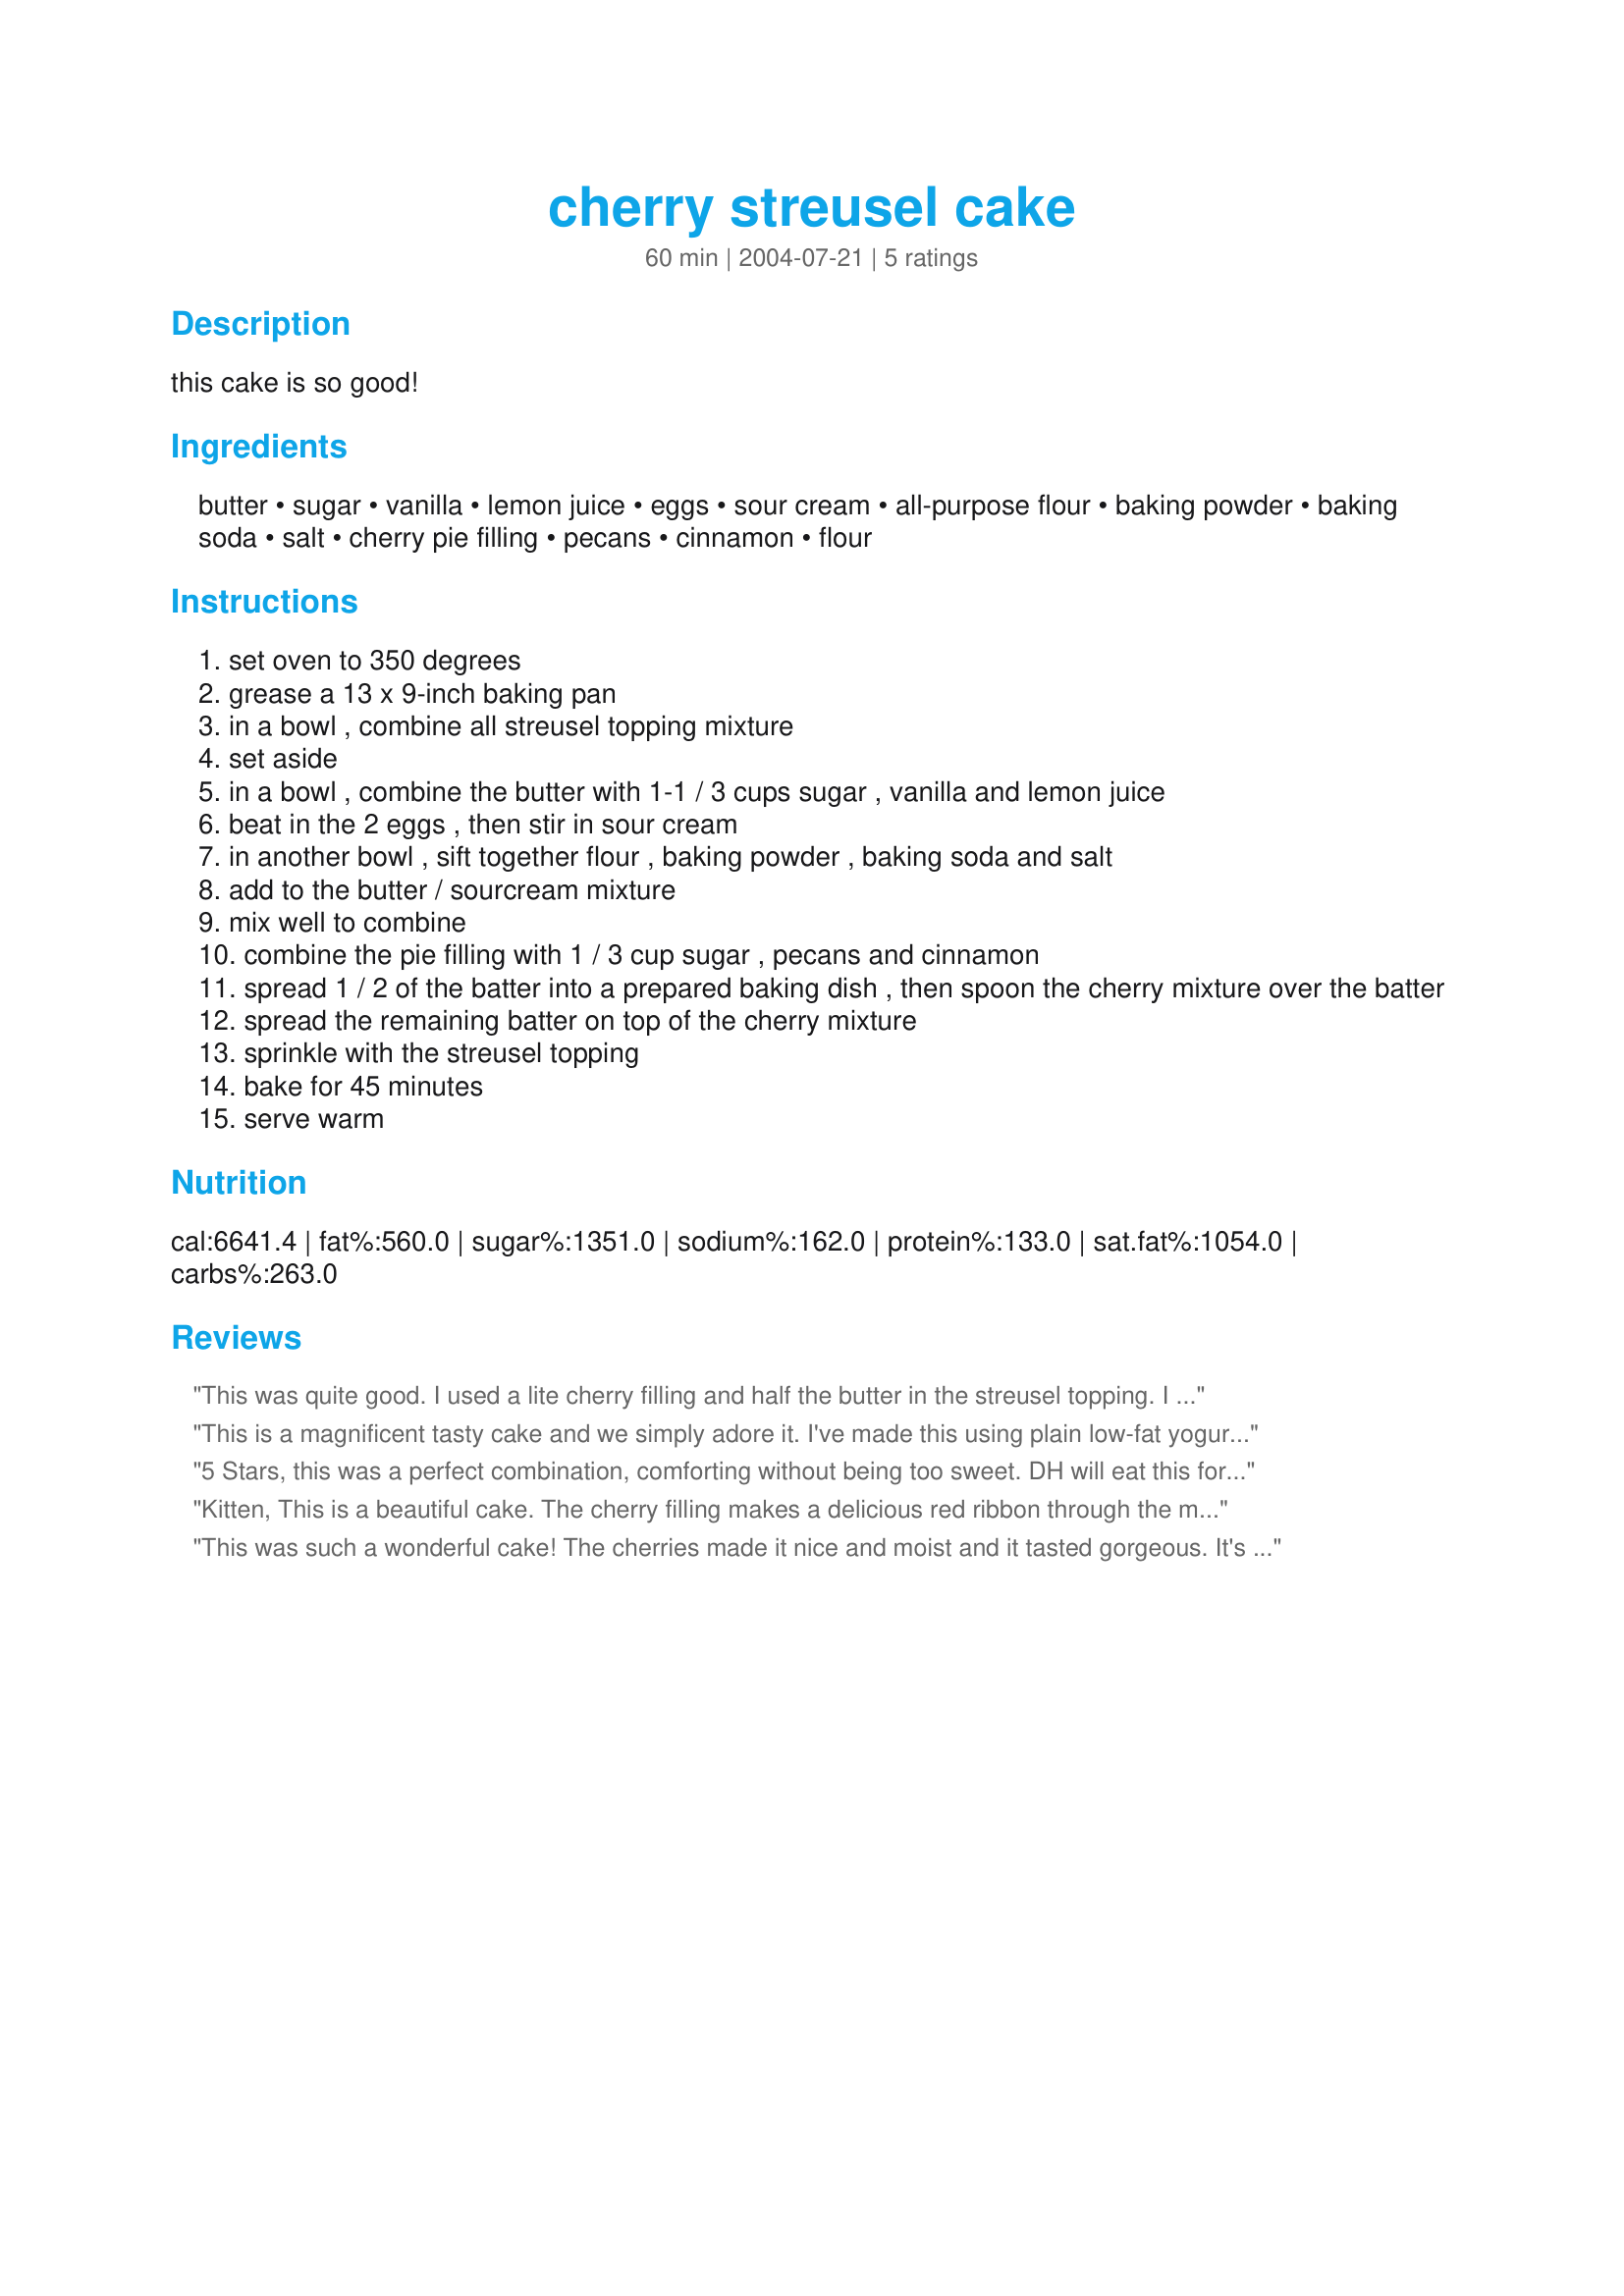
cherry streusel cake
Preparation time: 60 minutes

this cake is so good!

Ingredients:
butter, sugar, vanilla, lemon juice, eggs, sour cream, all-purpose flour, baking powder, baking soda, salt, cherry pie filling, pecans, cinnamon, flour

Steps:
set oven to 350 degrees
grease a 13 x 9-inch baking pan
in a bowl , combine all streusel topping mixture
set aside
in a bowl , combine the butter with 1-1 / 3 cups sugar , vanilla and lemon juice
beat in the 2 eggs , then stir in sour cream
in another bowl , sift together flour , baking powder , baking soda and salt
add to the butter / sourcream mixture
mix well to combine
combine the pie filling with 1 / 3 cup sugar , pecans and cinnamon
spread 1 / 2 of the batter into a prepared baking dish , then spoon the cherry mixture over the batter
spread the remaining batter on top of the cherry mixture
sprinkle with the streusel topping
bake for 45 minutes
serve warm

Reviews:
This was quite good. I used a lite cherry filling and half the butter in the streusel topping. I doubled the pecans, but they were still pretty subtle. I think I would sprinkle them on top next time. The topping is a nice touch. Thanks!
This is a magnificent tasty cake and we simply adore it. I've made this using plain low-fat yogurt as a substitute for the sour cream. Very delicious and a keeper!
5 Stars, this was a perfect combination, comforting without being too sweet. DH will eat this for breakfast this week. I used Lucky's Premium Cherry Pie Filling. My streusel became a smooth spread, and I had to strategize to make it cover the entire cake; Kittencal thinks my butter may have been TOO soft, because streusel is usually somewhat lumpy and easy to sprinkle. Per Kittencal, the cake should cool 25-30 minutes before cutting. Note: I used Kittencal's Recipe #78579 #78579 to grease the pan, and the cake pulled away from the pan walls, making it easy to remove the cake from the pan. Thanks, Kit, for posting this recipe and for answering my questions on a timely basis. Made for 1-2-3 Hit Wonders.
Kitten, 
This is a beautiful cake. The cherry filling makes a delicious red ribbon through the moist cake. I added brown sugar and pecans to my streusel topping too! Perfect recipe. I chose this recipe from several other cherry cakes and of course as always with your recipes it was a success! Thank you for another wonderful recipe.
This was such a wonderful cake! The cherries made it nice and moist and it tasted gorgeous. It's definitely made its way to my favourite top 10 cakes!
